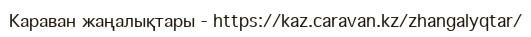
Караван жаңалықтары - https://kaz.caravan.kz/zhangalyqtar/